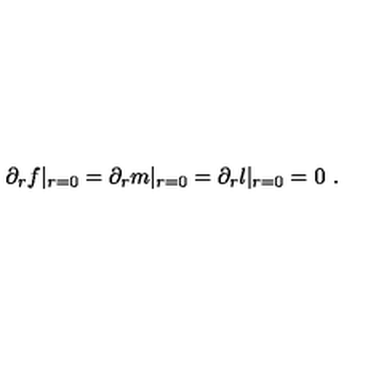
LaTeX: \partial _ { r } f | _ { r = 0 } = \partial _ { r } m | _ { r = 0 } = \partial _ { r } l | _ { r = 0 } = 0 \ .